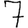
Digit: 7